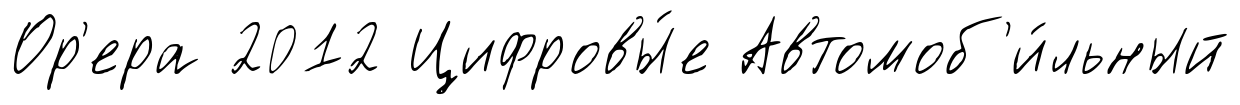
Ор'ера 2012 Цифровы́е Автомоб'и́льный